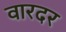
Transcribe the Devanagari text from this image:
वारदर